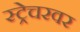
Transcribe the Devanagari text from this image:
स्ट्रेचरवर